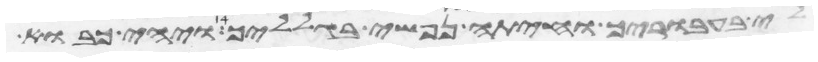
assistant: לי בעבוריך וחיתה נפשי בגלליך ויהי כבוא